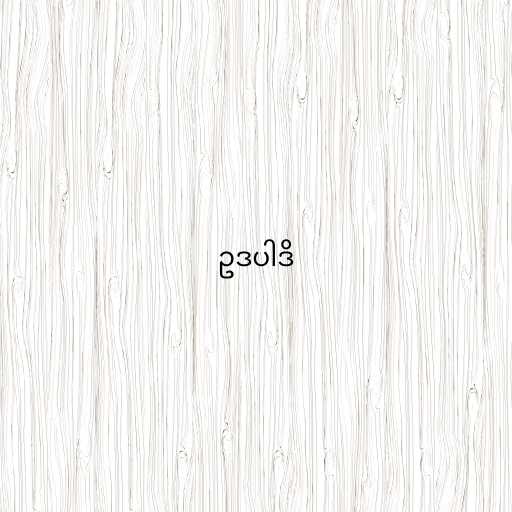
ဥဒပါဒိ